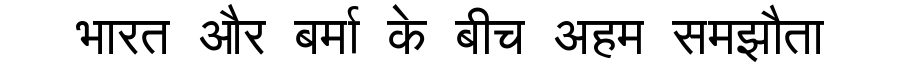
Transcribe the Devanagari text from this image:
भारत और बर्मा के बीच अहम समझौता